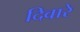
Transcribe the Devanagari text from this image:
दिवारे